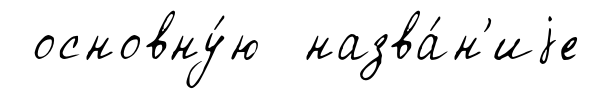
основну́ю назва́н'иjе